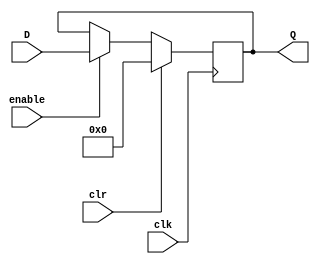
module register#(parameter value = 0)(D, clk, clr, enable, Q);
	input [31:0] D;
	input clk, clr, enable;
	output [31:0] Q;
	reg [31:0] Q;
	
	initial begin
		Q <= value;
	end
	
	always @(posedge clk)
	begin
		if(clr)
			Q <= 0;
		else if(enable)
			Q <= D;
	end
endmodule